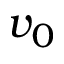
v _ { 0 }